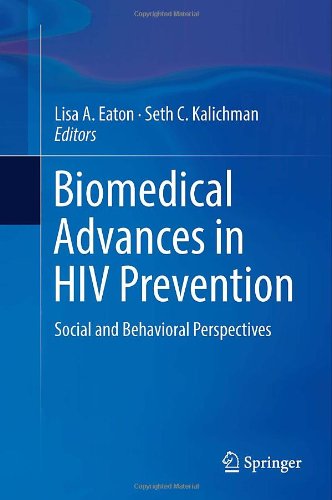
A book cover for Biomedical Advances in HIV Prevention: Social and Behavioral Perspectives; Medical Books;